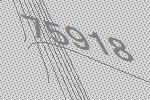
75918